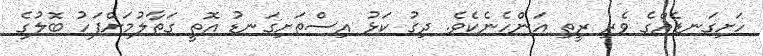
ހަށިގަނޑެއްގެ ވެރި ރީތި އަންހެނެކެވެ. ދިގު ކަޅު އިސްތަށިގަނޑު އޮތީ ގަތާލުމަށްފަހު ބޮލުގެ